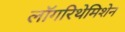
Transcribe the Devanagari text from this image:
लॉगरिथेमिशेन